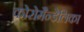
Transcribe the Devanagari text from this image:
कोरोमैन्डेलिका